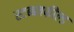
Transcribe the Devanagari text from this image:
स्टब्ब्लफील्ड